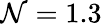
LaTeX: \mathcal{N}=1.3